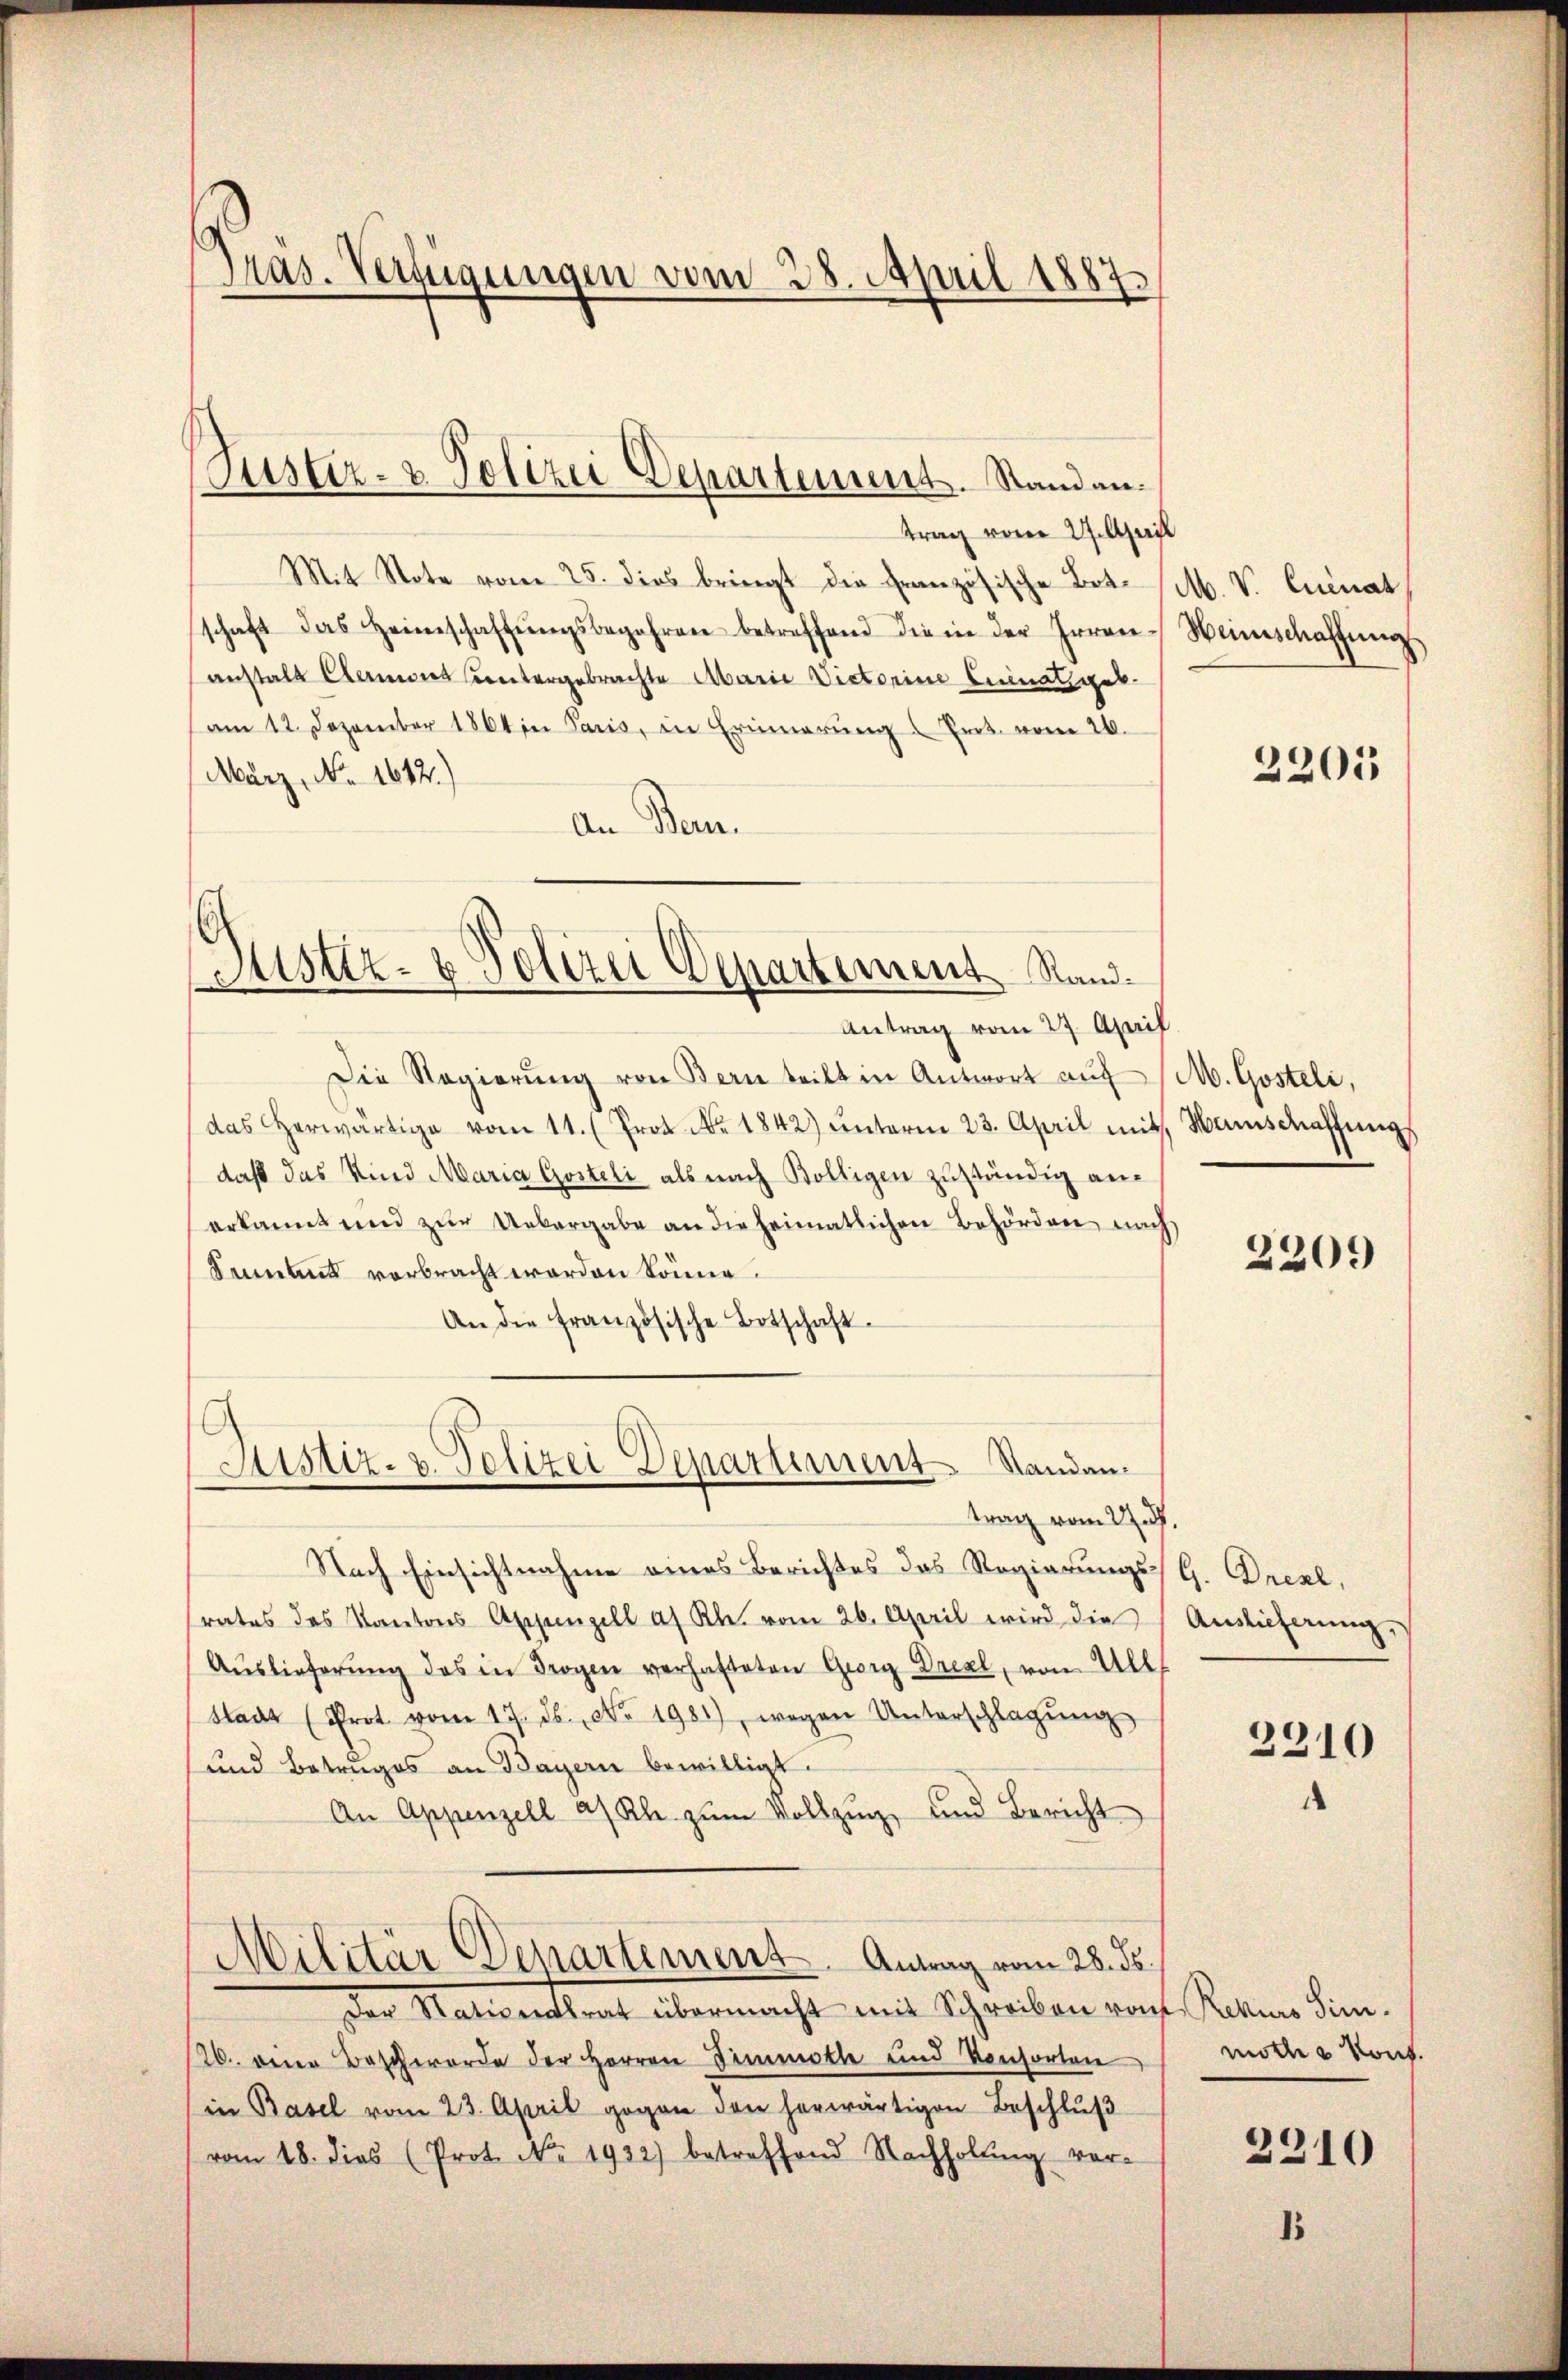
Pras. Verfügungen vom 28. April 1887.

trag vom 27. April
Mit Note vom 25. dies bringt die Französische Bot. M. V. Quinat
schaft das Heimschaffŭngsbegehren betreffend die in der Irren-
anstals Canons Contergebrachte Abarie Victorine Luinalgeb
am 12. Dezember 1864 in Paris, in Erinnerŭng " Prot. vom 26.
März, No 1612.)
An Bern.

Justiz- & Polizei Departement. Standen.

Justiz- & Polizei Departement Rand¬

Justiz- u. Polizei Departement Standan¬

Antrag vom 27. April
Die Regierŭng von Bern teilt in Antwort auf M. Gosteli,
das herwärtige vom 11. (Prot. Nr. 1842) ŭnterm 23. April mit Manschaffŭng
daß das Kind Maria Gosteli als nach Bölligen zuständig anerkannt und zŭr Uebergabe an die heimatlichen Behörden nach
Sament verbracht worden könne.
An die französische Botschaft.
trag vom 27. d.
Nach Einsichtnahme eines Berichtes das Regierungs-G. Drexl,
rates des Kantons Aschenzell af Kl. vom 26. April wird die
Aŭslieferŭng des in Trogen verhafteten Georg Dresl, von Ull
Stadt (Prot. vom 17. ds. No. 1981), wegen Unterschlagŭng
und Betruges an Bayern bewilligt.
An Appenzell a/Rh. zŭm Vollzug, und Bericht
Militär-Departement. Antrag vom 28. ds.
Der Nationalrat übermacht mit Schreiben von Rekurs Sin¬
26. eine Beschworde der Herren Zimmette und Konsorten
in Basel vom 23. April gegen den herwärtigen Beschlŭβ
vom 18. dies (Prot. No. 1932) betreffend Nachholŭng ver-

Weinschaffung

2205

2209

Auslieferung.

2210

moth u Kons.

2210

1